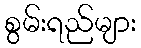
စွမ်းရည်များ